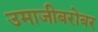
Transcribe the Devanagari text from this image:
उमाजीबरोबर